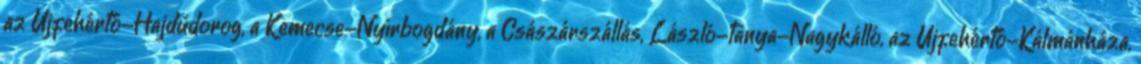
az Újfehértó-Hajdúdorog, a Kemecse-Nyírbogdány, a Császárszállás, László-tanya-Nagykálló, az Újfehértó-Kálmánháza,